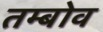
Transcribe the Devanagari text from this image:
तम्बोव